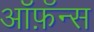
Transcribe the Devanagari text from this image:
ऑफ़ॅन्स